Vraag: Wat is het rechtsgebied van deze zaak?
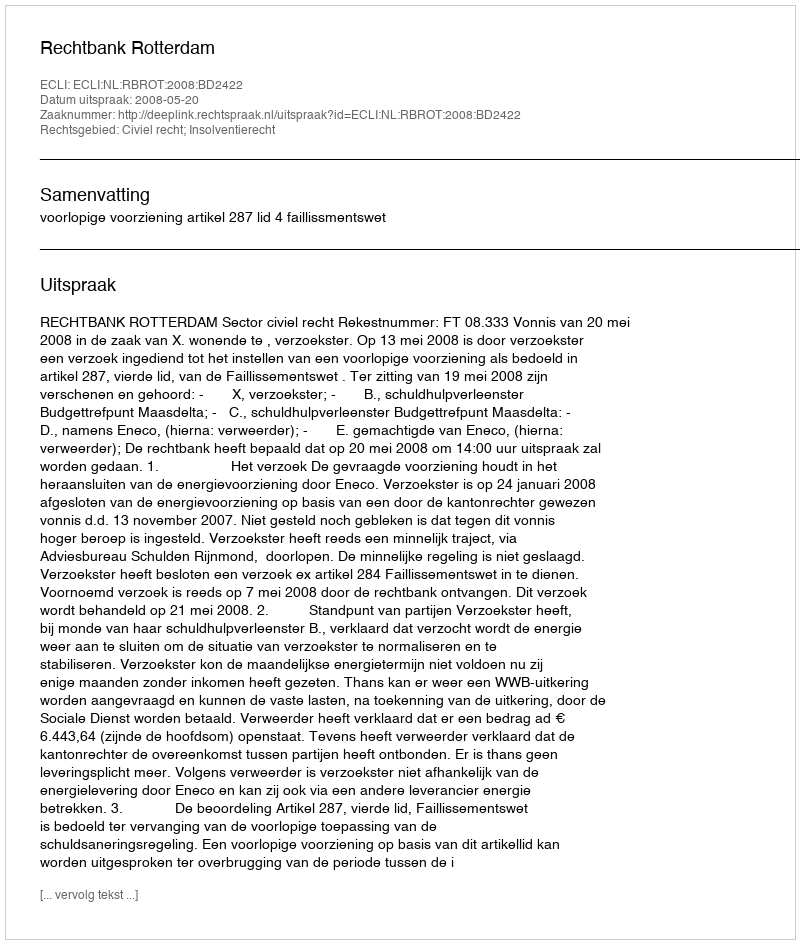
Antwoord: Civiel recht; Insolventierecht